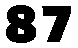
87